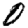
Digit: 0